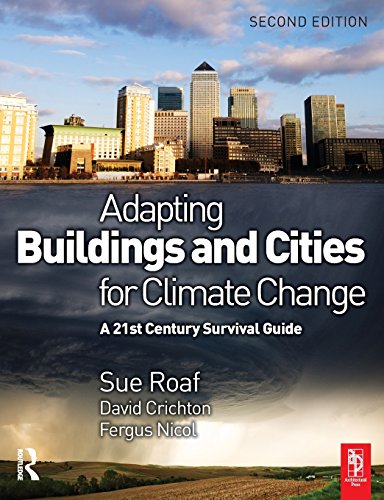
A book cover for Adapting Buildings and Cities for Climate Change; David Crichton; Crafts, Hobbies & Home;